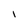
Character: I